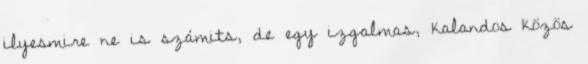
ilyesmire ne is számits, de egy izgalmas, kalandos közös